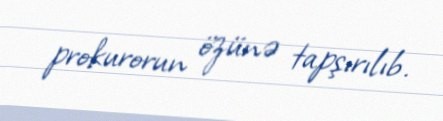
prokurorun özünə tapşırılıb.